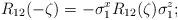
LaTeX: \begin{align*}R_{12}(-\zeta)=-\sigma^x_1 R_{12}(\zeta)\sigma^z_1 ; \end{align*}